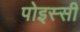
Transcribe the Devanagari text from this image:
पोइस्सी